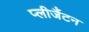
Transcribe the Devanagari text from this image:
प्लीजैंटन